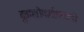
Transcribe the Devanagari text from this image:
द्रुतगतीमार्गालगतची